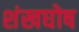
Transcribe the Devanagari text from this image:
शंखघोष